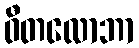
ဝီတလောဘာ